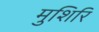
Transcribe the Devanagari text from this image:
मुशिरि